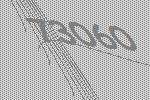
73060